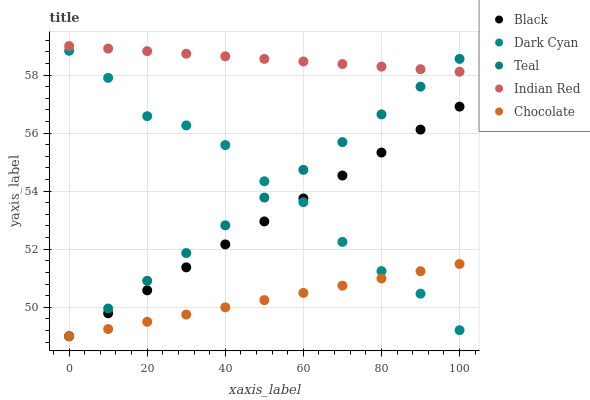
| xaxis_label | Black | Dark Cyan | Teal | Indian Red | Chocolate |
 | --- | --- | --- | --- | --- | --- |
 | 0 | 49 | 58.8 | 49 | 59 | 49 |
 | 10 | 49.8 | 57.9 | 50 | 58.9 | 49.2 |
 | 20 | 50.6 | 56.6 | 50.9 | 58.8 | 49.5 |
 | 30 | 51.4 | 56.3 | 51.9 | 58.7 | 49.7 |
 | 40 | 52.2 | 55.6 | 52.8 | 58.6 | 50 |
 | 50 | 53 | 54.3 | 53.8 | 58.6 | 50.2 |
 | 60 | 53.7 | 53.6 | 54.7 | 58.5 | 50.5 |
 | 70 | 54.5 | 52.3 | 55.7 | 58.4 | 50.7 |
 | 80 | 55.3 | 51.2 | 56.6 | 58.3 | 51 |
 | 90 | 56.1 | 50.5 | 57.6 | 58.2 | 51.2 |
 | 100 | 56.9 | 49.2 | 58.6 | 58.1 | 51.5 |